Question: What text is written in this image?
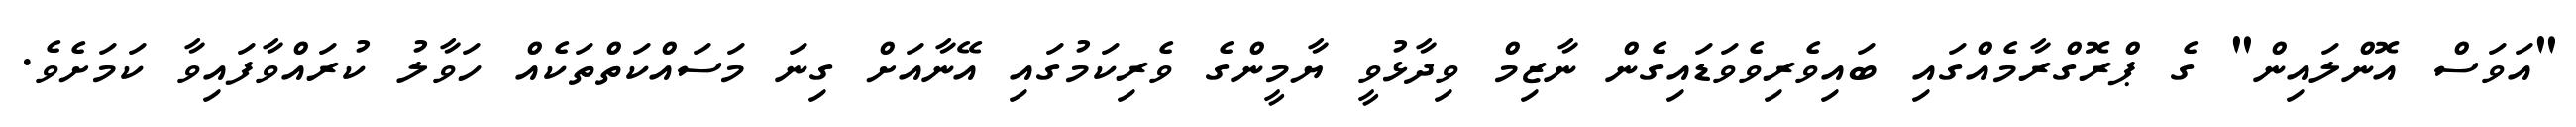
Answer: "އަވަސް އޮންލައިން" ގެ ޕްރޮގްރާމެއްގައި ބައިވެރިވެވަޑައިގެން ނާޒިމް ވިދާޅުވީ ޔާމީންގެ ވެރިކަމުގައި އޭނާއަށް ގިނަ މަސައްކަތްތަކެއް ހަވާލު ކުރައްވާފައިވާ ކަމަށެވެ.